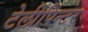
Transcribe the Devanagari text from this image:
टेलीपिंन्टर